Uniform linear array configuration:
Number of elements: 64
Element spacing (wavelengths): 0.75
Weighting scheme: blackman
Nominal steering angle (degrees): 0
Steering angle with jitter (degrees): -0.98
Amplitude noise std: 0.05
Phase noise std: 0.05

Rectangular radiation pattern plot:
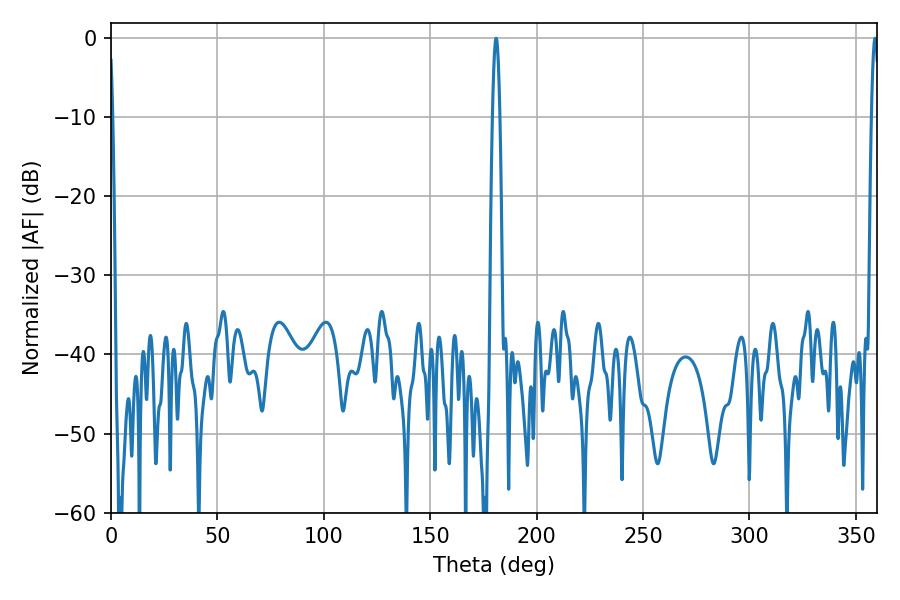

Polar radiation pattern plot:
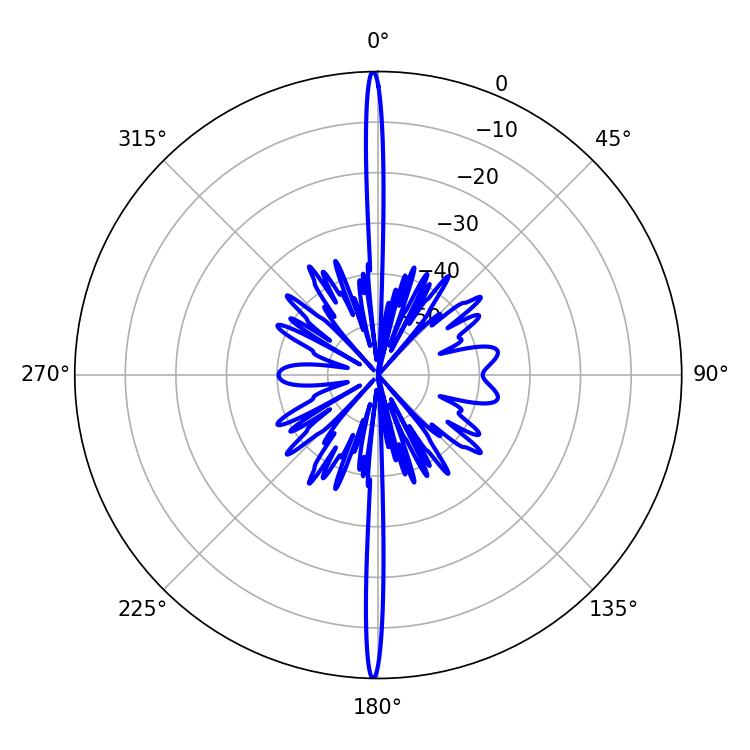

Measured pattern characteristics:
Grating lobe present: TRUE
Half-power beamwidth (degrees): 1.8
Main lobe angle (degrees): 180.9